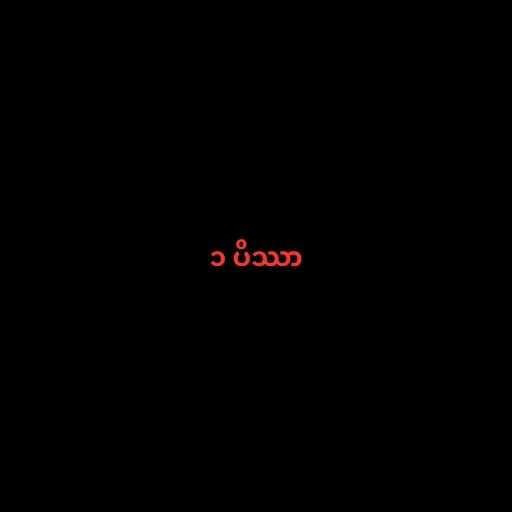
၁ ပိဿာ